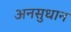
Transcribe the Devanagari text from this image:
अनसुधान